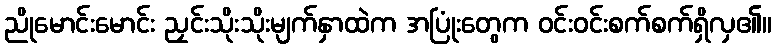
ညိုမောင်းမောင်း ညှင်းသိုးသိုးမျက်နှာထဲက အပြုံးတွေက ဝင်းဝင်းစက်စက်ရှိလှ၏။